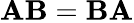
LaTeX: \mathbf{A}\mathbf{B}=\mathbf{B}\mathbf{A}